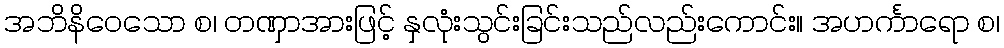
အဘိနိဝေသော စ၊ တဏှာအားဖြင့် နှလုံးသွင်းခြင်းသည်လည်းကောင်း။ အဟင်္ကာရော စ၊